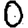
Digit: 0